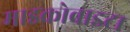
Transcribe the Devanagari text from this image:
माइक्रोवाइटा